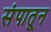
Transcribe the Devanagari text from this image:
संपातून